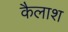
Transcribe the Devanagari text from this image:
कैलाश